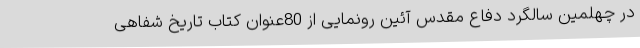
در چهلمین سالگرد دفاع مقدس آئین رونمایی از 80عنوان کتاب تاریخ شفاهی